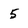
Character: 5